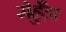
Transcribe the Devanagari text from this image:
रोहुँड़ा